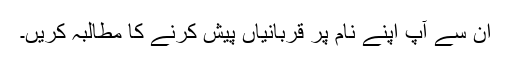
ان سے آپ اپنے نام پر قربانیاں پیش کرنے کا مطالبہ کریں۔